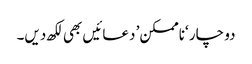
دو چار ‘ناممکن’ دعائیں بھی لکھ دیں۔